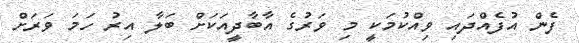
ފެން އުފެއްދައި ވިއްކުމަކީ މި ވަރުގެ އާބާދީއަކަށް ބަލާ އިރު ހަމަ ވަރަށް